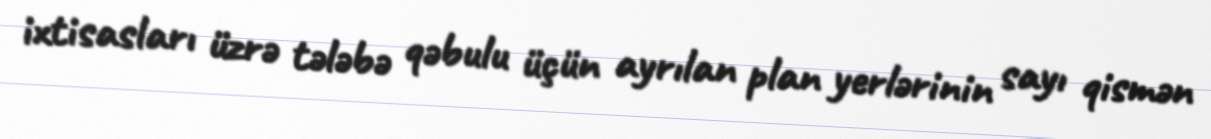
ixtisasları üzrə tələbə qəbulu üçün ayrılan plan yerlərinin sayı qismən